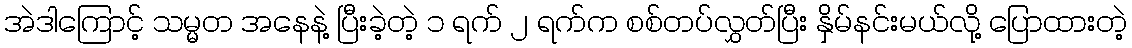
အဲဒါကြောင့် သမ္မတ အနေနဲ့ ပြီးခဲ့တဲ့ ၁ ရက် ၂ ရက်က စစ်တပ်လွှတ်ပြီး နှိမ်နင်းမယ်လို့ ပြောထားတဲ့